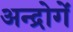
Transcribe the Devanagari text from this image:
अन्द्रोगें